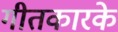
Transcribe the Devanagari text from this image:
गीतकारके